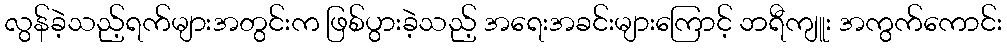
လွန်ခဲ့သည့်ရက်များအတွင်းက ဖြစ်ပွားခဲ့သည့် အရေးအခင်းများကြောင့် ဘရီကျူး အကွက်ကောင်း